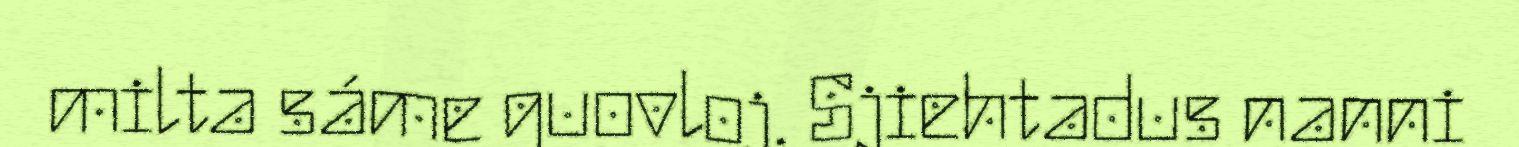
milta sáme guovloj. Sjiehtadus nanni